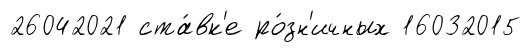
26042021 ста́вк'е ро́зн'ичных 16032015